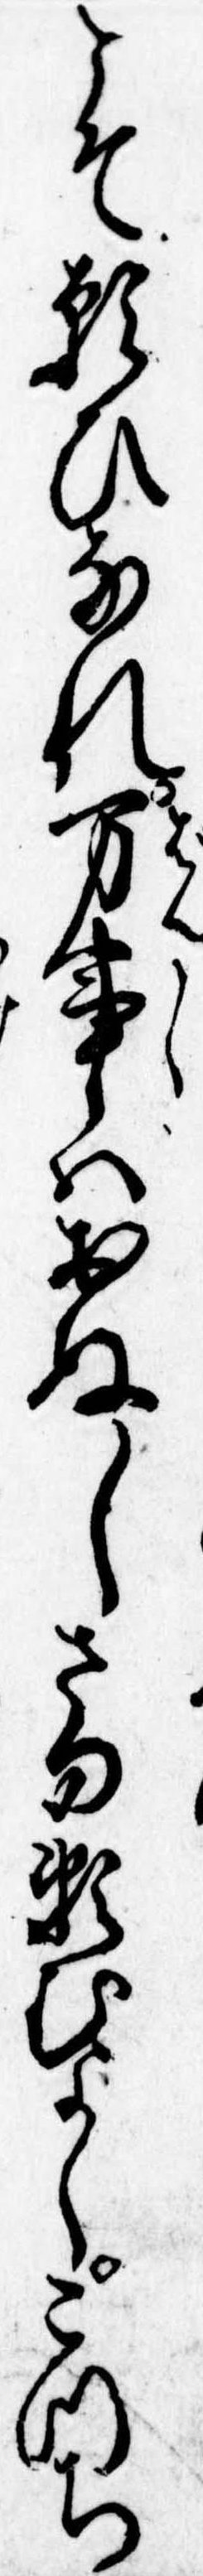
こそ願ひなれ万事はおぬしさま頼むよしこつち